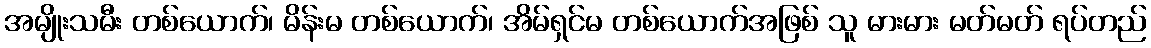
အမျိုးသမီး တစ်ယောက်၊ မိန်းမ တစ်ယောက်၊ အိမ်ရှင်မ တစ်ယောက်အဖြစ် သူ မားမား မတ်မတ် ရပ်တည်